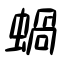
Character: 蝸